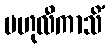
ဗဟုလီကာသိံ